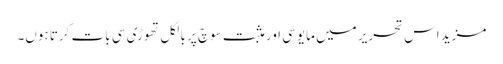
مزید اس تحریر میں مایوسی اور مثبت سوچ پر بالکل تھوڑی سی بات کرتا ہوں۔